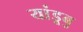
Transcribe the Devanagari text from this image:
यांडूबु